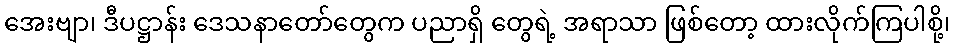
အေးဗျာ၊ ဒီပဋ္ဌာန်း ဒေသနာတော်တွေက ပညာရှိ တွေရဲ့ အရာသာ ဖြစ်တော့ ထားလိုက်ကြပါစို့၊